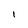
Character: I